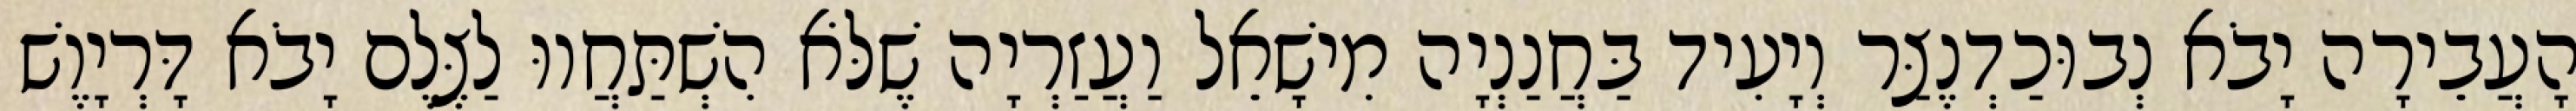
הָעֲבֵירָה יָבֹא נְבוּכַדְנֶצַּר וְיָעִיד בַּחֲנַנְיָה מִישָׁאֵל וַעֲזַרְיָה שֶׁלֹּא הִשְׁתַּחֲווּ לַצֶּלֶם יָבֹא דָּרְיָוֶשׁ